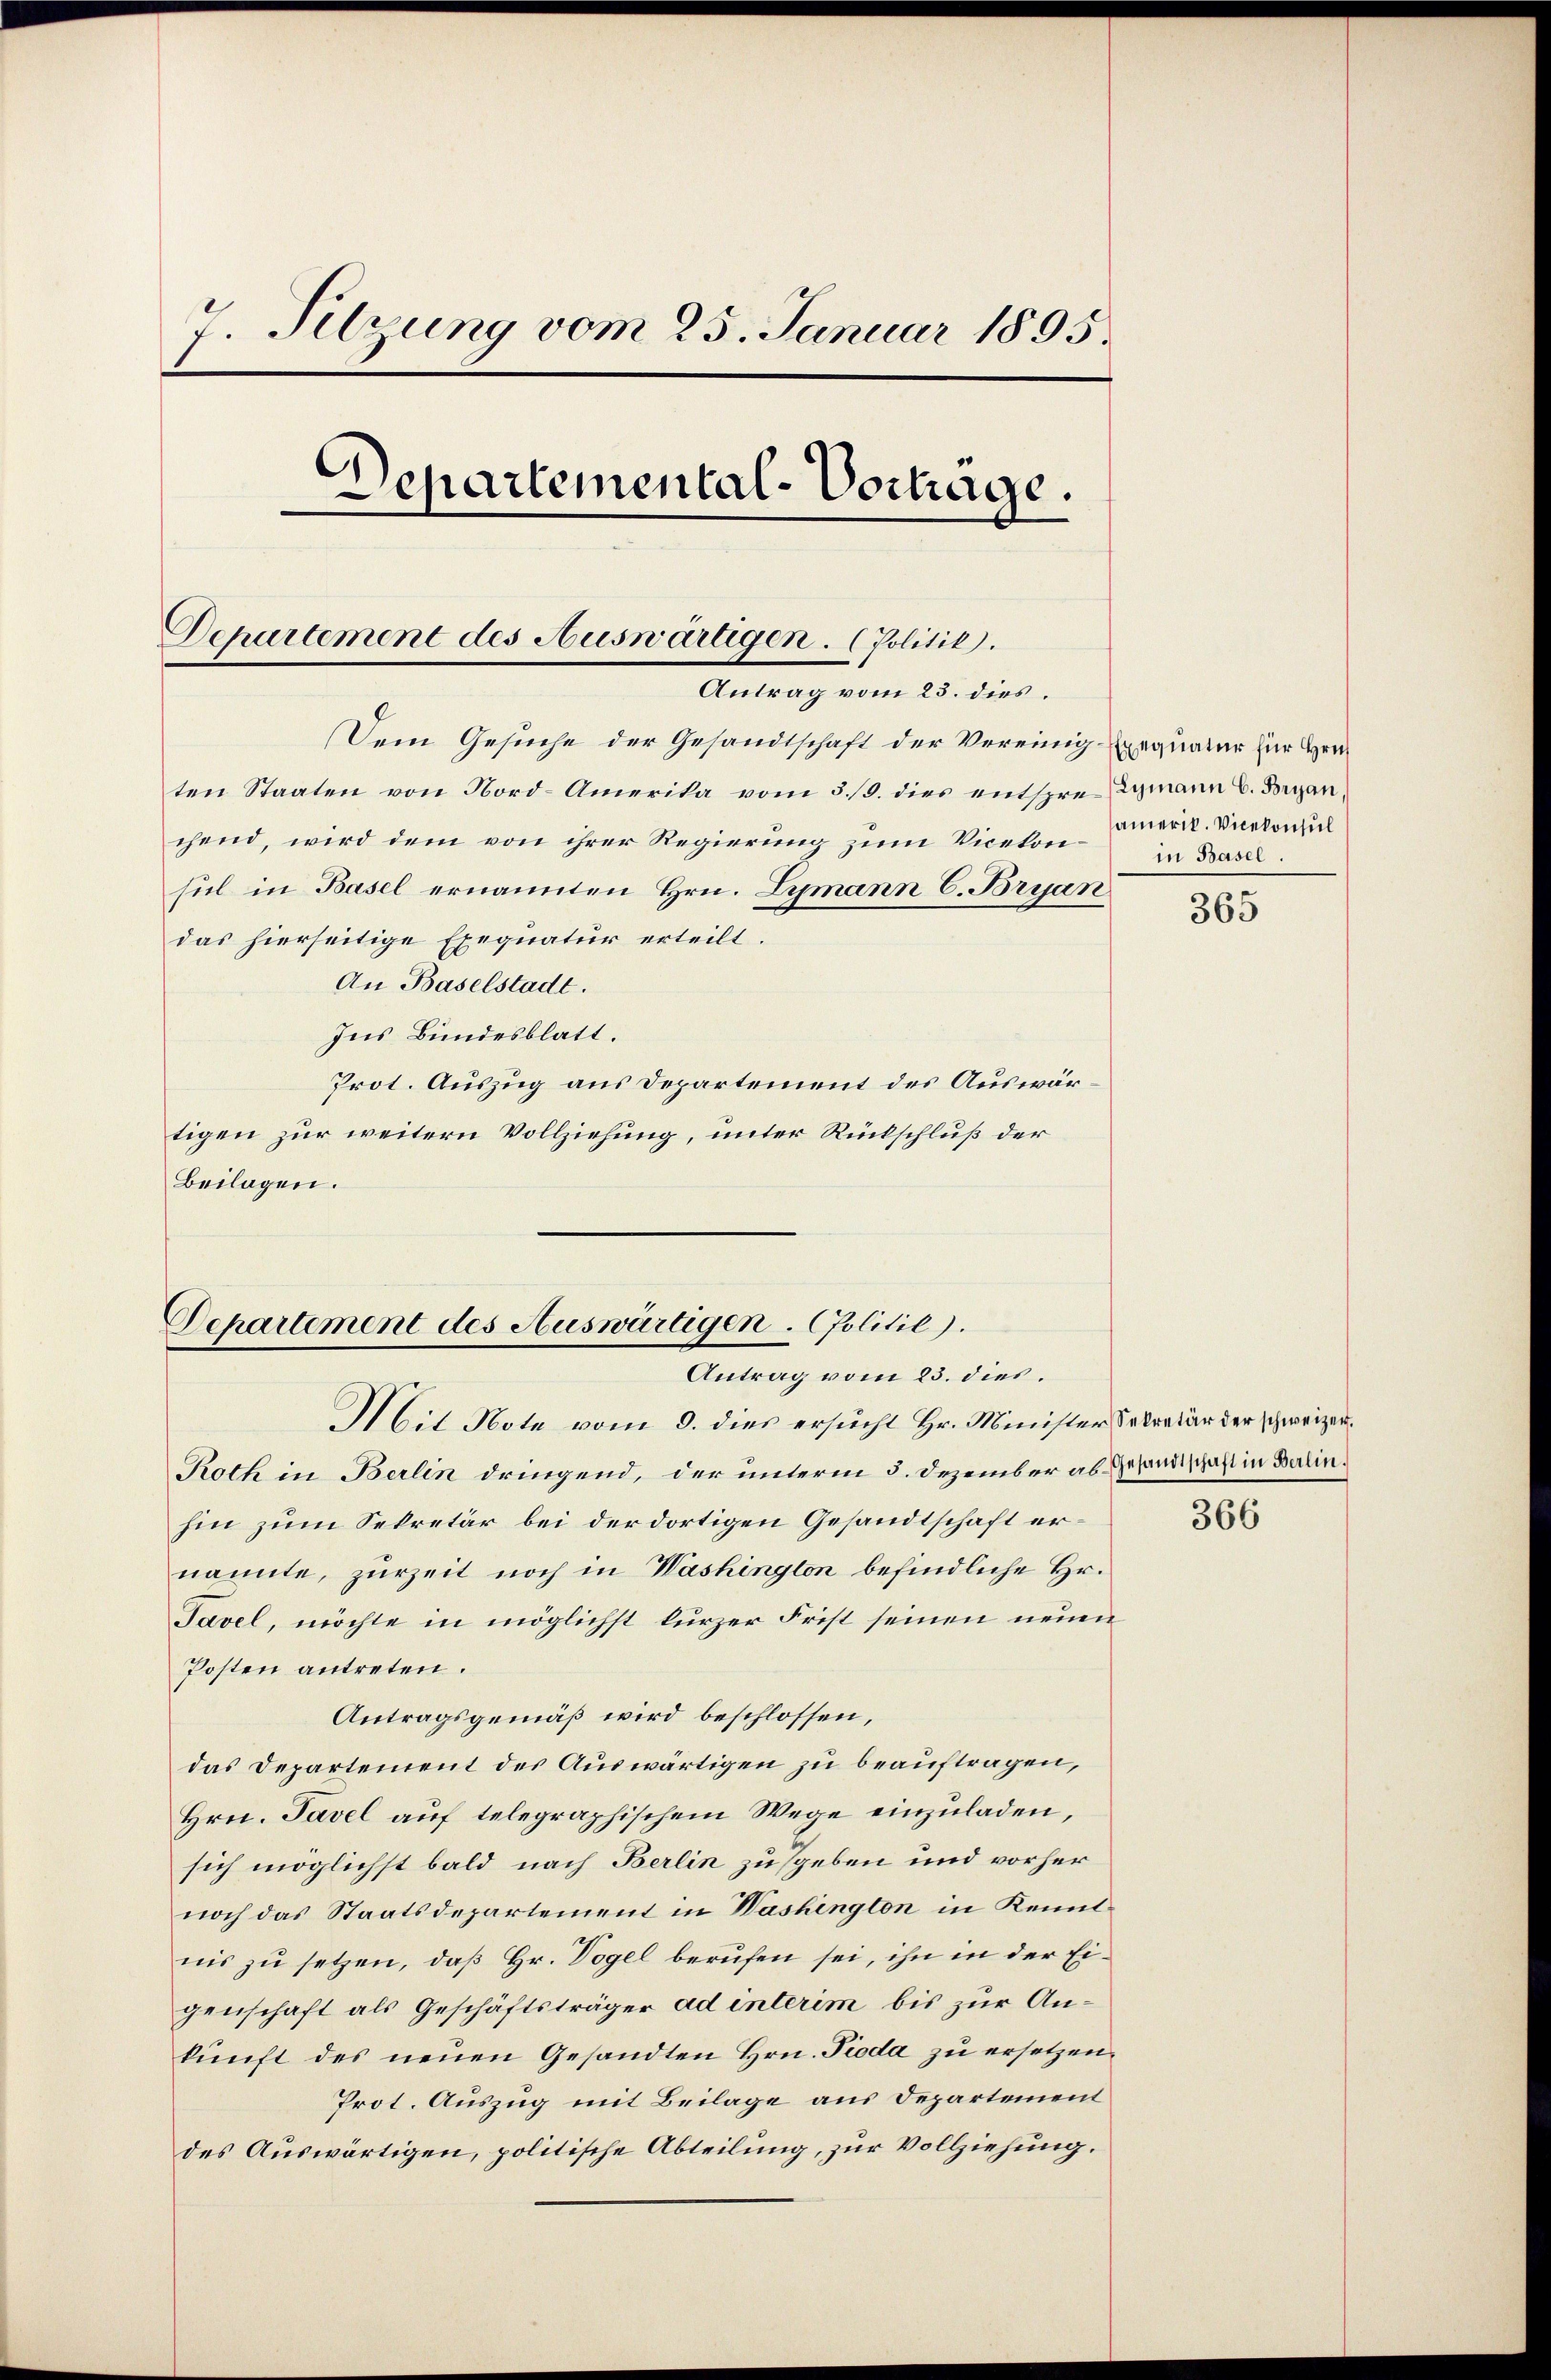
7. Silzung vom 25. Januar 1895.
Departemental-Vortrage.
.
Departement des Auswärtigen. (Politik.
Antrag vom 23. dies.

Dem Gesuche der Gesandtschaft der Vereinig Exequatur zur Grei
ten Staaten von Nord-Amerika vom 3./9. dies entspre Zymann C. Borgan
chend, wird dem von ihrer Regierung zum Vicekonsiel in Basel ernannten Hrn. Lymann C. Brian
das hierseitige Exequatur erteilt.
An Baselstadt.
Ins Bundesblatt.
Prot. Auszug aus Departement des Auswärtigen zur weitern Vollziehung, unter Rückschluß der
Beilagen.

Departement des Auswärtigen Politie).
Antrag vom 23. dies.
Mit Note vom 9. dies ersucht Hr. Minister Sekretär der schweizer¬

Roth in Berlin dringend, der unterm 3. Dezember als Gesandtschaft in Berlinhin zum Sekretär bei der dortigen Gesandtschaft ernannte, zurzeit noch in Washington befindliche Hr.
Tavel, möchte in möglichst kurzer Frist seinen neuen
Posten antreten.
Antragsgemäß wird beschlossen,
das Departement des Auswärtigen zu beauftragen,
Hrn. Tavel auf telegraphischem Wege einzuladen,
sich möglichst bald nach Berlin zu geben und vorher
noch das Staatsdepartement in Washington in Kenntnis zu setzen, daß Hr. Vogel berufen sei, ihn in der Eigenschaft als Geschäftsträger ad interim bis zur Ankunft des neuen Gesandten Hrn. Pioda zu ersetzen.
Prot. Auszug mit Beilage aus Departement
des Auswärtigen, politische Abteilung, zur Vollziehung.

amerik. Vicekonsul
in Basel.

365

366